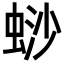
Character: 𬠋